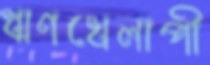
ঋণখেলাপী